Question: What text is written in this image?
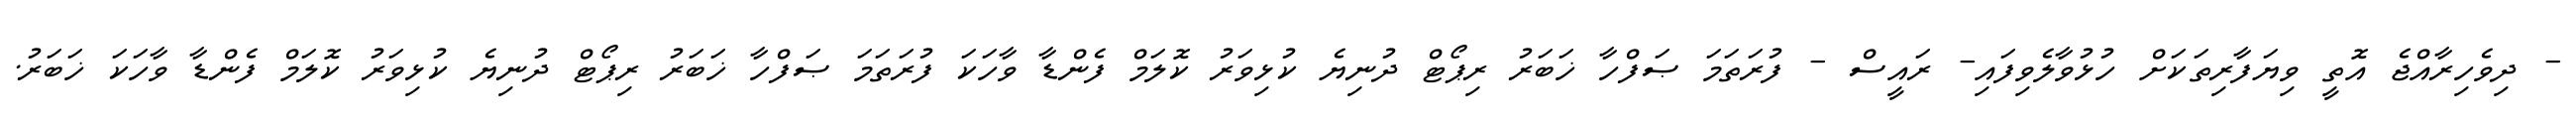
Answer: - ދިވެހިރާއްޖެ އޮތީ ވިޔަފާރިތަކަށް ހުޅުވާލެވިފައި- ރައީސް - ފުރަތަމަ ޞަފްހާ ޚަބަރު ރިޕޯޓް ދުނިޔެ ކުޅިވަރު ކޮލަމް ފެންޑާ ވާހަކަ ފުރަތަމަ ޞަފްހާ ޚަބަރު ރިޕޯޓް ދުނިޔެ ކުޅިވަރު ކޮލަމް ފެންޑާ ވާހަކަ ޚަބަރު.